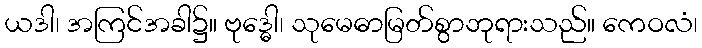
ယဒါ၊ အကြင်အခါ၌။ ဗုဒ္ဓေါ၊ သုမေဓာမြတ်စွာဘုရားသည်။ ကေဝလံ၊